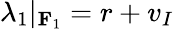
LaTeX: \lambda_{1}|_{\mathbf{F}_{1}}=r+v_{I}